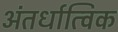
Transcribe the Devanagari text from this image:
अंतर्धात्विक